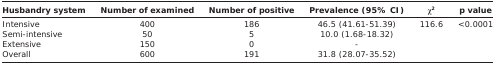
<table><thead><tr><td><b>Husbandry system</b></td><td><b>Number of examined</b></td><td><b>Number of positive</b></td><td><b>Prevalence (95% CI)</b></td><td><b>χ<sup>2</sup></b></td><td><b>p value</b></td></tr></thead><tbody><tr><td>Intensive</td><td>400</td><td>186</td><td>46.5 (41.61-51.39)</td><td>116.6</td><td>&lt;0.0001</td></tr><tr><td>Semi-intensive</td><td>50</td><td>5</td><td>10.0 (1.68-18.32)</td><td></td><td></td></tr><tr><td>Extensive</td><td>150</td><td>0</td><td>-</td><td></td><td></td></tr><tr><td>Overall</td><td>600</td><td>191</td><td>31.8 (28.07-35.52)</td><td></td><td></td></tr></tbody></table>